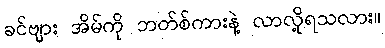
ခင်ဗျား အိမ်ကို ဘတ်စ်ကားနဲ့ လာလို့ရသလား။